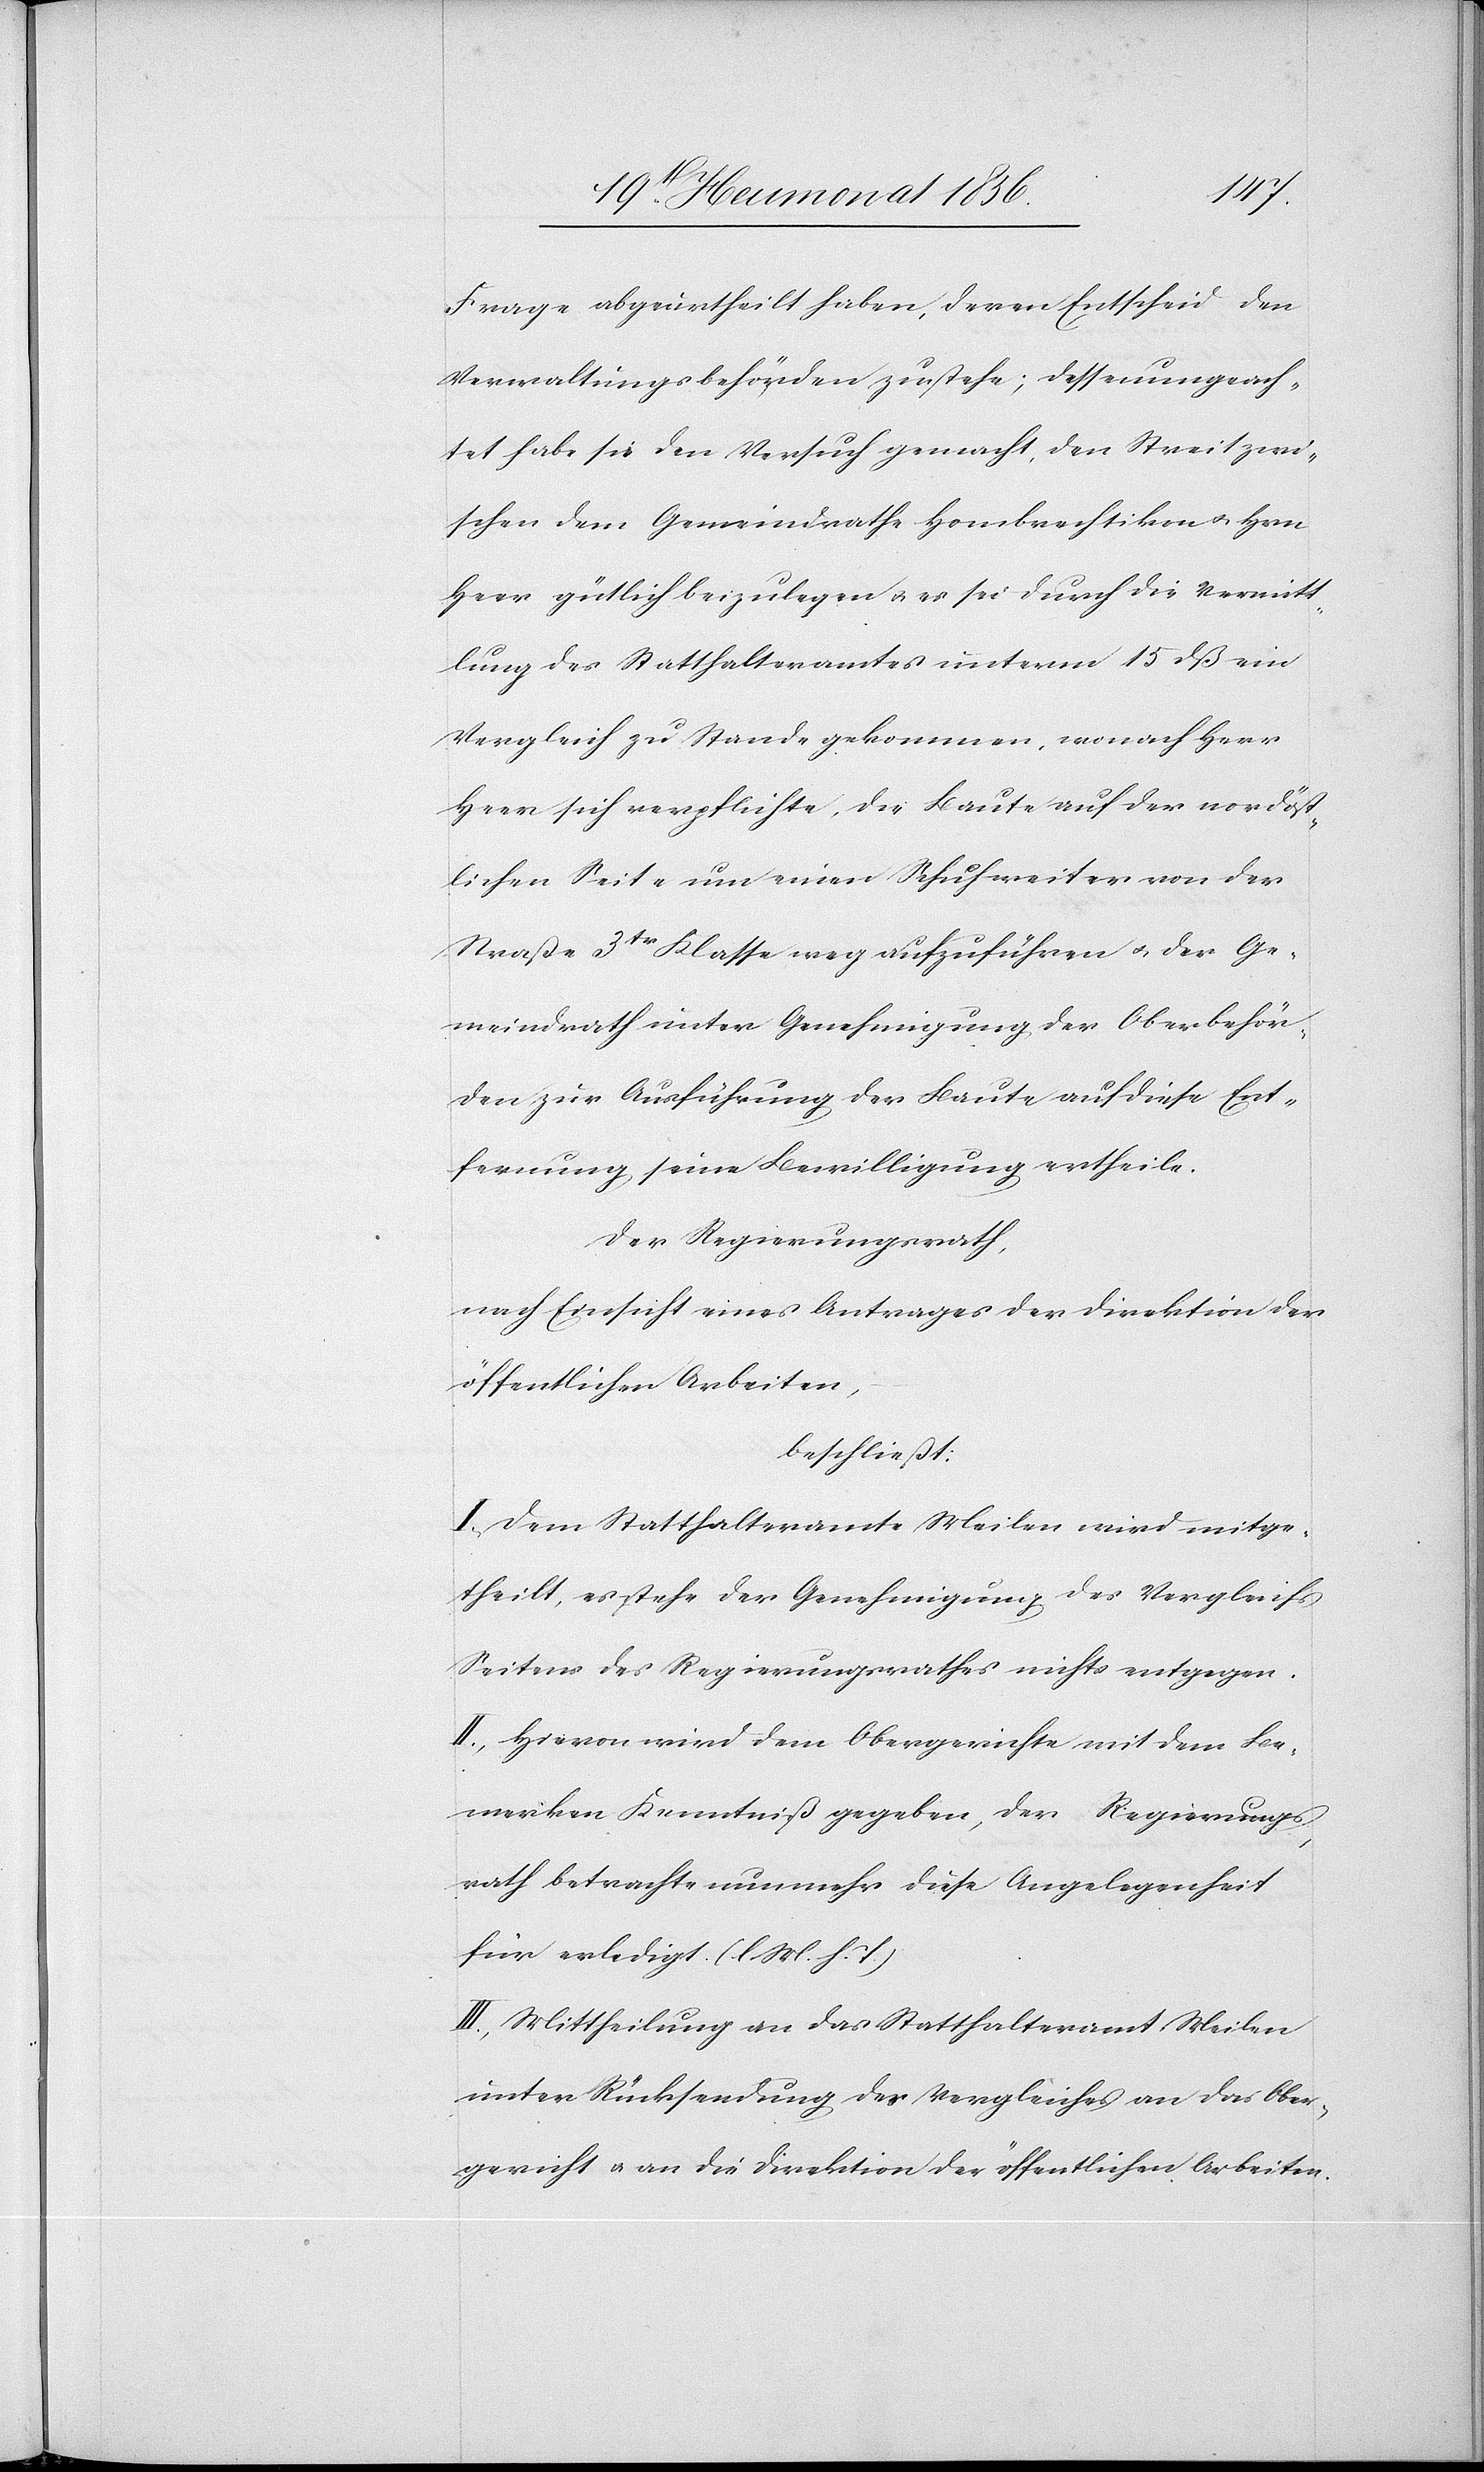
Frage abgeurtheilt haben, deren Entscheid den
Verwaltungsbehörden zustehe; dessenungeach¬
tet habe sie den Versuch gemacht, den Streit zwi¬
schen dem Gemeindrathe Hombrechtikon u. Hrn
Heer gütlich beizulegen u. es sei durch die Vermitt¬
lung des Statthalteramtes unterm 15 dß ein
Vergleich zu Stande gekommen, wonach Herr
Heer sich verpflichte, die Baute auf der nordöst¬
lichen Seite um einen Schuh weiter von der
Straße 3tr Klasse weg aufzuführen u. der Ge¬
meindrath unter Genehmigung der Oberbehör¬
den zur Ausführung der Baute auf diese Ent¬
fernung seine Bewilligung ertheile.
Der Regierungsrath,
nach Einsicht eines Antrages der Direktion der
öffentlichen Arbeiten,
beschließt:
I.) Dem Statthalteramte Meilen wird mitge¬
theilt, es stehe der Genehmigung des Vergleichs
Seitens des Regierungsrathes nichts entgegen.
II.) Hievon wird dem Obergerichte mit dem Be¬
merken Kenntniß gegeben, der Regierungs¬
rath betrachte nunmehr diese Angelegenheit
für erledigt. (l. M. h. T.)
III.) Mittheilung an das Statthalteramt Meilen
unter Rücksendung des Vergleiches an das Ober¬
gericht u. an die Direktion der öffentlichen Arbeiten.